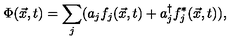
\Phi ( \vec { x } , t ) = \sum _ { j } ( a _ { j } f _ { j } ( \vec { x } , t ) + a _ { j } ^ { \dagger } f _ { j } ^ { * } ( \vec { x } , t ) ) ,